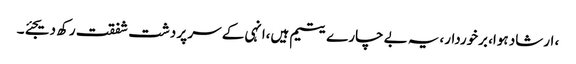
، ارشاد ہوا، برخوردار،یہ بے چارے یتیم ہیں،انہی کے سر پر دشت شفقت رکھ دیجئے۔